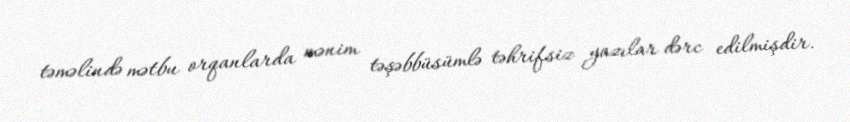
təməlində mətbu orqanlarda mənim təşəbbüsümlə təhrifsiz yazılar dərc edilmişdir.